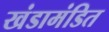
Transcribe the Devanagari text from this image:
खंडामंडित